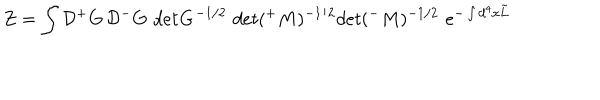
Z = \int { \cal D } { ^ + } G \, { \cal D } { ^ - } G \, \, d e t { \bf G } ^ { - 1 / 2 } \, \, d e t ( { ^ + } M ) ^ { - 1 / 2 } d e t ( { ^ - } M ) ^ { - 1 / 2 } \, \, e ^ { - \int d ^ { 4 } x \tilde { L } }